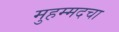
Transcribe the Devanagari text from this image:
मुहम्मदचा